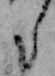
た